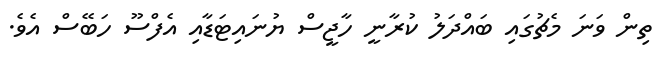
ތިން ވަނަ މެޗުގައި ބައްދަލު ކުރާނީ ހާޖީސް ޔުނައިޓަޑާއި އެފްސޫ ހަބޭސް އެވެ.